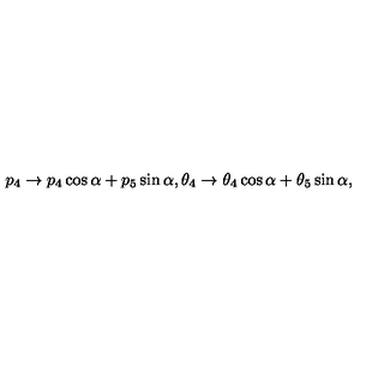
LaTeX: p _ { 4 } \rightarrow p _ { 4 } \cos { \alpha } + p _ { 5 } \sin { \alpha } , \theta _ { 4 } \rightarrow \theta _ { 4 } \cos { \alpha } + \theta _ { 5 } \sin { \alpha } ,